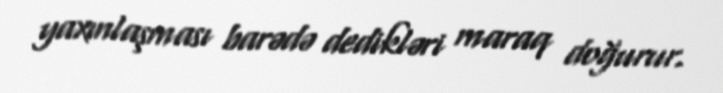
yaxınlaşması barədə dedikləri maraq doğurur.